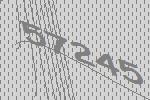
57245